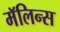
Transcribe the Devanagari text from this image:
मॅलिन्स